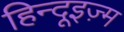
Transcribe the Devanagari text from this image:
हिन्दूइज़्म